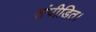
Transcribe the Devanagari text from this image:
संपीडित।